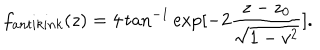
f _ { a n t i k i n k } ( z ) = 4 \tan ^ { - 1 } \exp [ - 2 \frac { z - z _ { 0 } } { \sqrt { 1 - v ^ { 2 } } } ] .